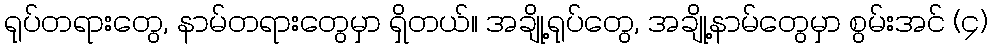
ရုပ်တရားတွေ, နာမ်တရားတွေမှာ ရှိတယ်။ အချို့ရုပ်တွေ, အချို့နာမ်တွေမှာ စွမ်းအင် (၄)